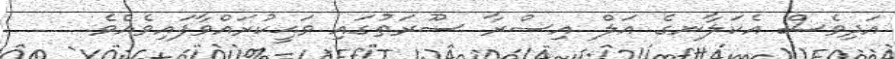
އަދިވެސް އެކަލާނގެ އަލް އިސްރާ ސޫރަތުގައި ވަޙީކުރައްވާފައިވެއެވެ.